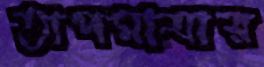
তাপমাত্রার